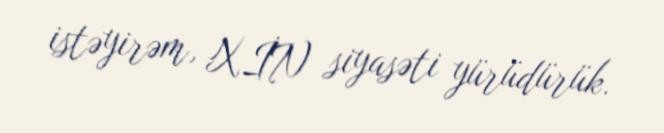
istəyirəm, XİN siyasəti yürüdürük.